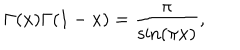
LaTeX: \Gamma ( x ) \Gamma ( 1 - x ) = \frac \pi { \sin ( \pi x ) } ,